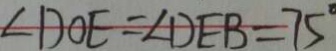
\angle D O E = \angle D E B = 7 5 ^ { \circ }